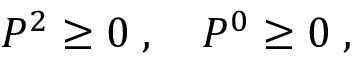
P ^ { 2 } \ge 0 \; , \quad P ^ { 0 } \ge 0 \; ,